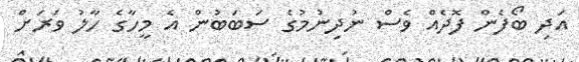
އަދި ބޯފެން ފޮދެއް ވެސް ނުދިނުމުގެ ސަބަބުން އެ މީހާގެ ހާލު ވަރަށް